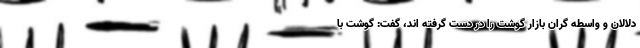
دلالان و واسطه گران بازار گوشت را در دست گرفته اند، گفت: گوشت با